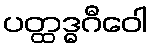
ပတ္ထဒ္ဓဂီဝေါ